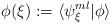
LaTeX: \begin{align*}\phi({\xi}) := \langle \psi^{ml}_{{\xi}} \vert \phi \rangle\end{align*}